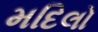
મદિલો